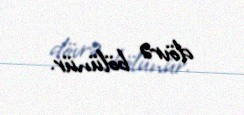
dövrə bölünür.